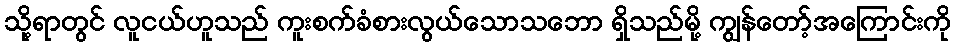
သို့ရာတွင် လူငယ်ဟူသည် ကူးစက်ခံစားလွယ်သောသဘော ရှိသည်မို့ ကျွန်တော့်အကြောင်းကို